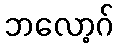
ဘလော့ဂ်